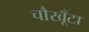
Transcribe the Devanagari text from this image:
चौखूँटा